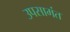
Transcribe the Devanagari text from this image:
उपसामंत